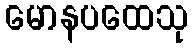
မောနပထေသု